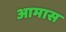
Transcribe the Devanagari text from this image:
आमास